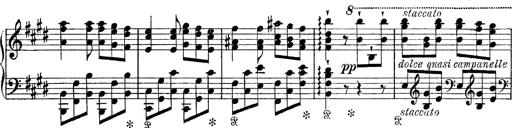
Title: Tarantelle di bravura dâ€™aprÃ¨s la tarantelle de La muette de Portici
Composer: Franz Liszt